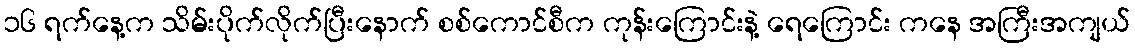
၁၆ ရက်နေ့က သိမ်းပိုက်လိုက်ပြီးနောက် စစ်ကောင်စီက ကုန်းကြောင်းနဲ့ ရေကြောင်း ကနေ အကြီးအကျယ်